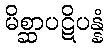
မိစ္ဆာပဋိပန္နံ